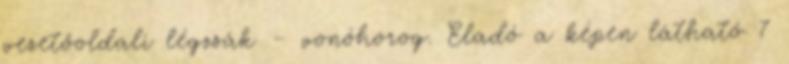
vezetőoldali légzsák – vonóhorog. Eladó a képen látható 7